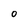
Character: 0